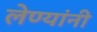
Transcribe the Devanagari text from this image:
लेण्यांनी